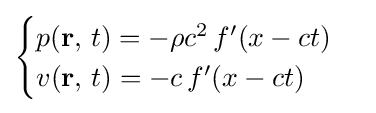
{\begin{cases}p(\mathbf {r} ,\,t)=-\rho c^{2}\,f'(x-ct)\\v(\mathbf {r} ,\,t)=-c\,f'(x-ct)\end{cases}}